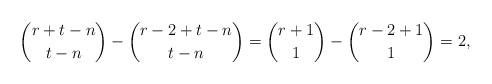
LaTeX: \begin{align*} \binom{r+t-n}{t-n}-\binom{r-2+t-n}{t-n}= \binom{r+1}{1}-\binom{r-2+1}{1}=2, \end{align*}